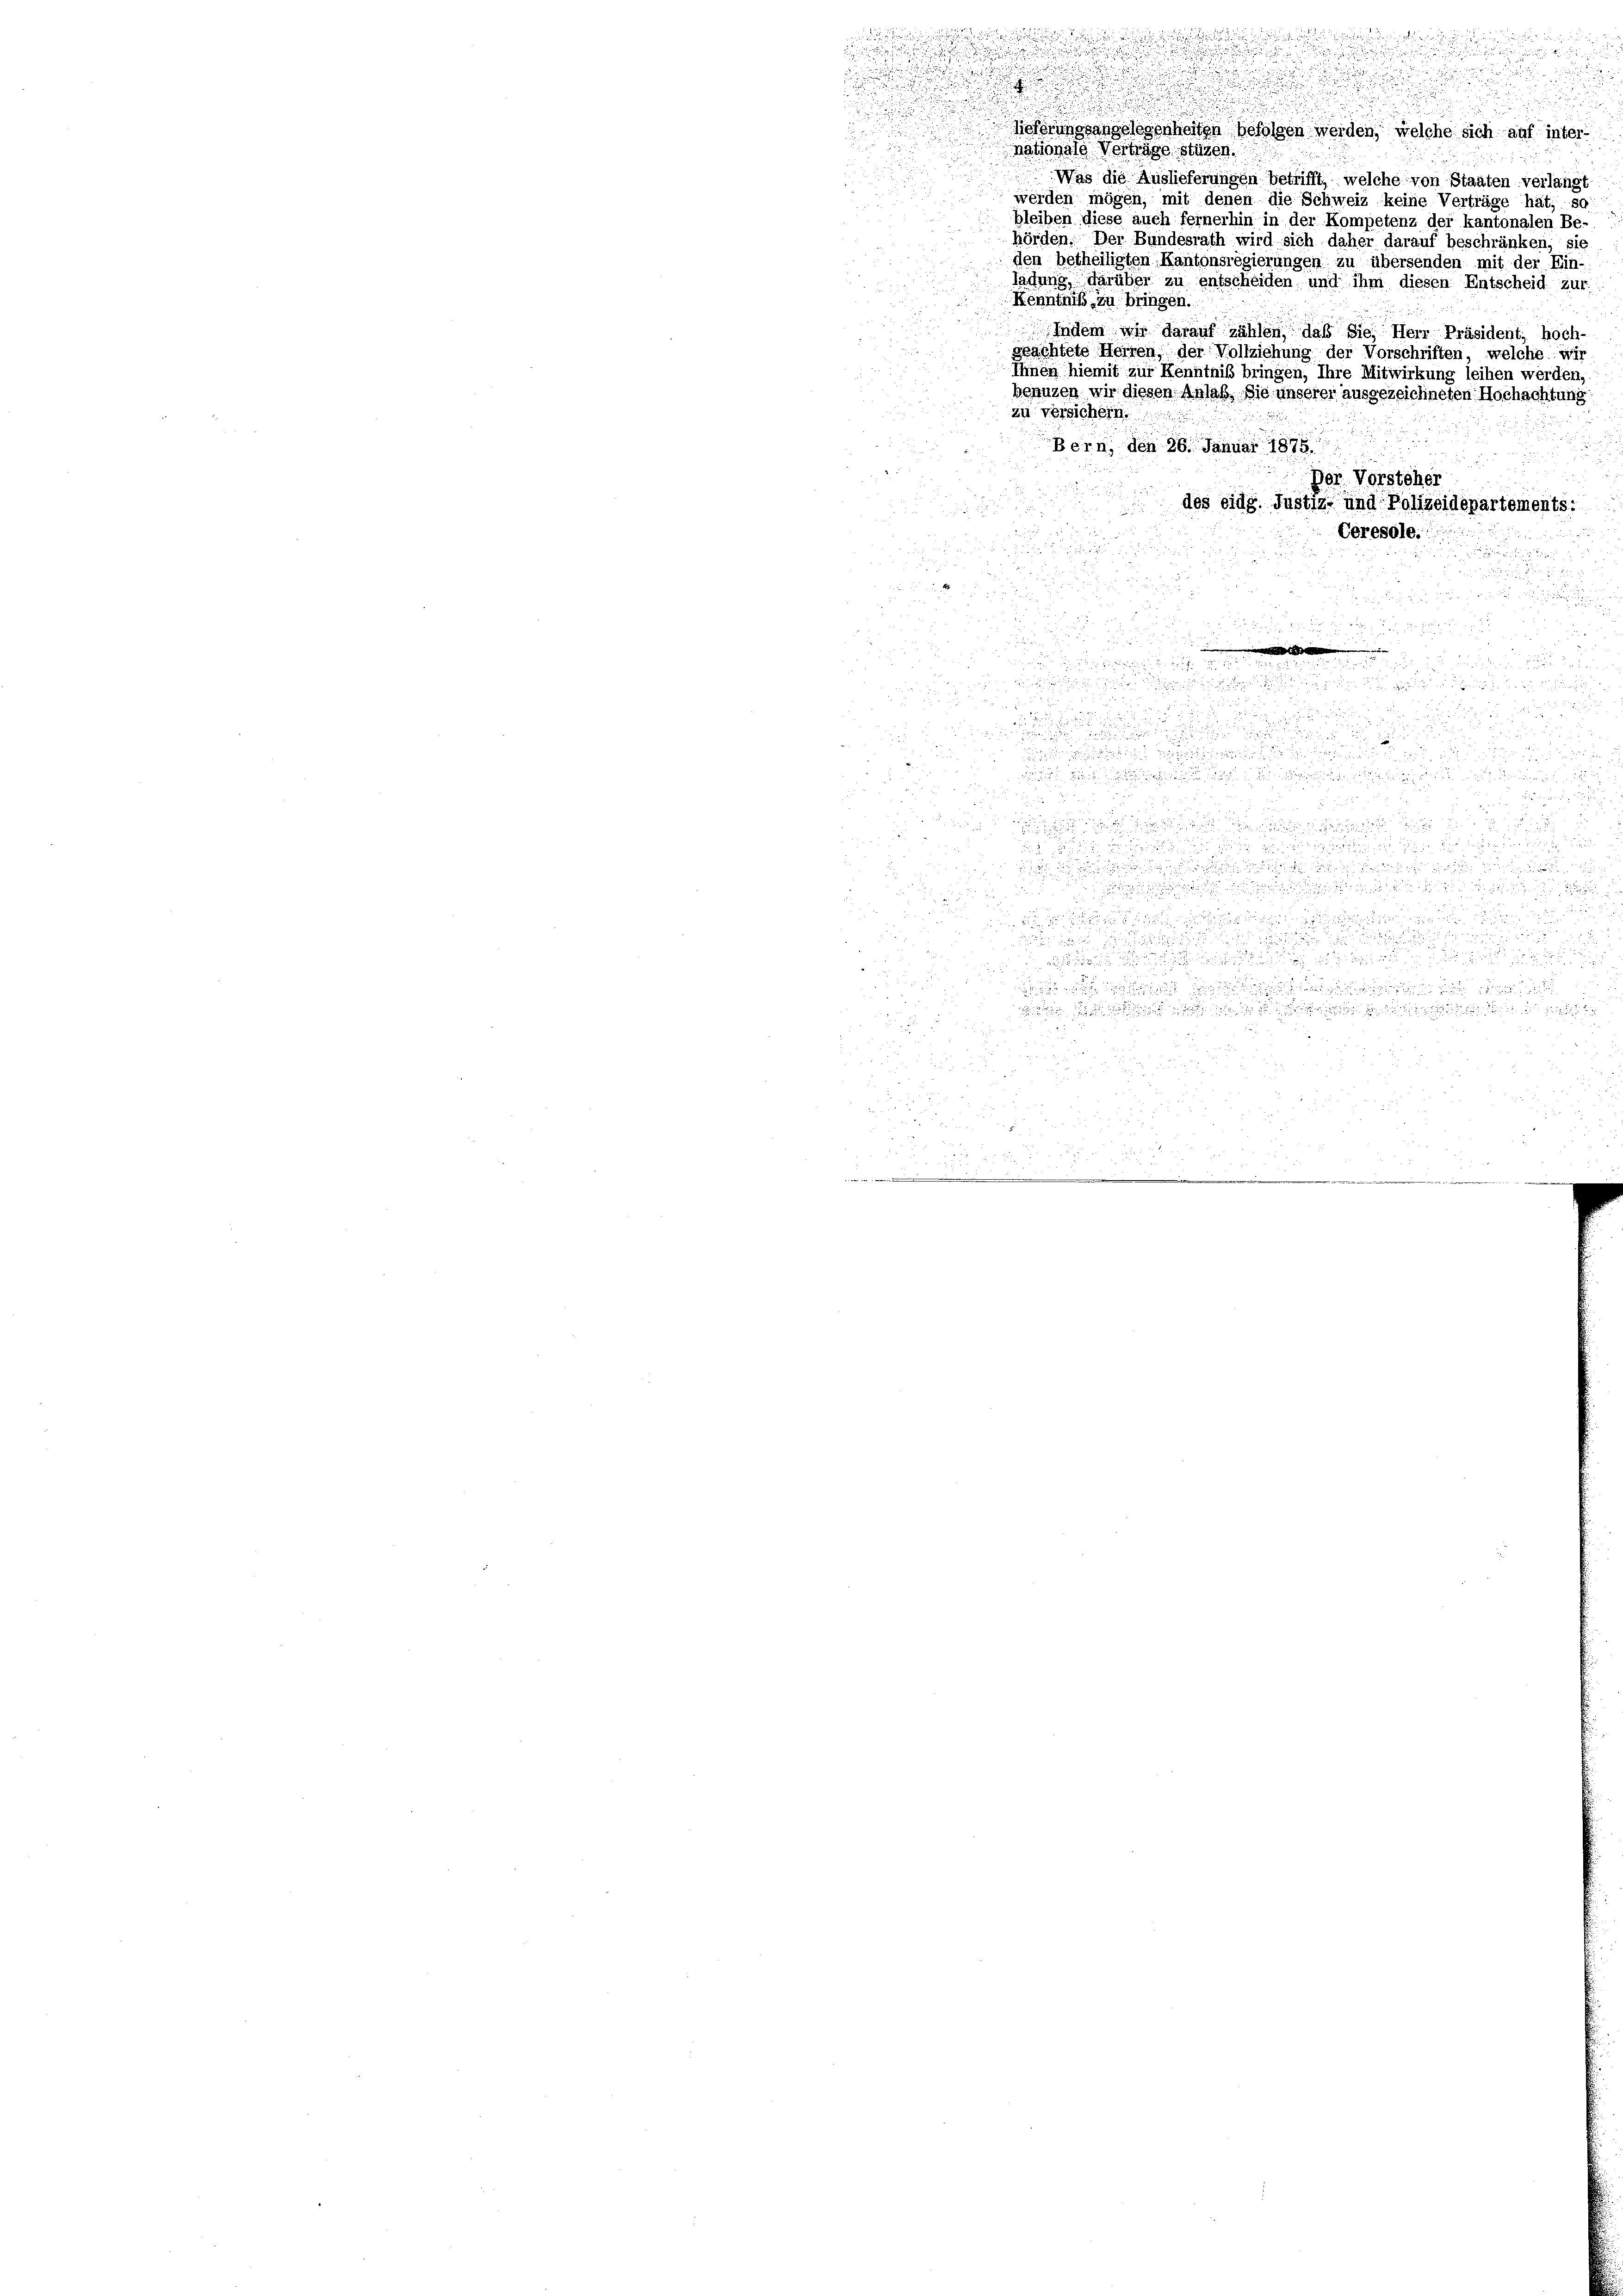
u
i

1

.

u

2

.
d
Referungsangelesenheiten befolgen werden, welche sich auf inter¬

5
2
nationale Verträge stützen.
Was die Auslieferungen betrifft, welche von Staaten verlangt
werden mögen, mit denen die Schweiz keine Verträge hat, so
2
bleiben diese auch fernerhin in der Kompetenz der kantonalen Be-
hörden. Der Bundesrath wird sich daher darauf beschränken, sie
den betheiligten Kantonsregierungen zu übersenden mit der Ein
ladung, darüber zu entscheiden und ihm diesen Entscheid zur
Kenntniß, zu bringen.
Indem wir darauf zählen, daß sie, Herr Präsident, hoch-
geachtete Herren, der Vollziehung der Vorschriften, welche wir
Ihnen hiemit zur Kenntniß bringen, Ihre Mitwirkung leihen werden,
benuzen wir diesen Anlaß die unserer ausgezeichneten Hochachtung
zu versichern.
Bern, den 26. Januar 1875.
or. Vorsteher
des eidg. Justiz- und Polizeidepartements:
n
n
Ceresole.

a

d
5

e

.
u

e seien den und

.

1

xx

29

 12 x

2
2

u

2

.

.

2
.

d
225

 x
u

e